Report on malaria in the Punjab during the year ...  together with an account of the work of the Punjab Malaria Bureau - Volume 6
Disease focus: Malaria
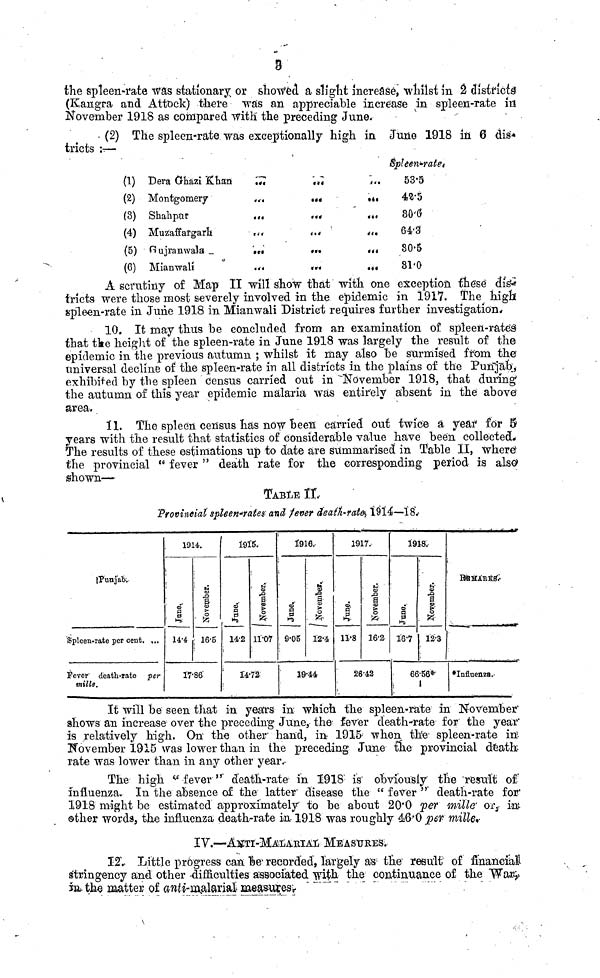
o
the spleen-rate Was stationary or showed a sligtit increase, whilst in 2 district
(Kangra and Attoek) there -was an appreciable increase in spleen-rate in
November 1918 as coinpared with the preceding June*
(2) The spleen-rate was exceptionally high in June 1918 in 6 dis*
tricts :r—
(1)
(*)
(3)
(4)
(5)
(6)
Dera Ohazi Khan
Montgomery
Shahptit
Muzaffafgarlt
Oujranwala _
Mianwali
***
tr*
. .<
««4
• •«
»*«
<> tf
• ••
»»•
it%
• it
• 4«
*«•
044
»4*
BpUen-ratet
53-5
42-5
8O'0
64'3
80-5
81-0
A scrutiny or Map 11 will show that with one exception these dist
ricts were those most severely involved in the epidemic in 1917. The high
spleen-rate in June 1918 in Mianwali District requires further investigation*
10. It may thus be concluded from an examination of spleefi-ratet
hat tlte height of the spleen-rate in June 1918 was largely the result of the
epidemic in the previous autumn ; whilst it may also be surmised from the'
universal decline of the spleen-rate in all districts in the plains of the Punjab;,
exhibited by the spleen census carried out in ^November 1918, that during 1
the autumn of this year epidemic malaria was entirely absent in the above'
area.
11. The spleen census has now Been carried out twice a year" for 5
years with the result that statistics of considerable value have been collected*
The results of these estimations up to date are summarised in Table II, where'
the provincial " fever " death rate for the corresponding period- is also*
shown—
TABLE XL
Provincial spleen^rates and fever cteaih-rat&i 1914—1$
iPunJabv
Spleen-rate per cent. ,..
j'eveY 1 ' death-rate per
mills.
1914.
June,
14-4
:
tl
03
>
o
1 Jz;
; 16-5
17-86'
1915.
June,.
14-2
November-.
11-07
14-72-
1916,
June.
9-05
: i
§
>
. &
i2«4
19-44
1917.
1 1
16-2-
26-42
i
1918.
S3
16-7
1
&
f
1
12-3
66-56*-
i
1
i
•Influenza.-
It will be seen that in yeaTS m- wltich the spleen-rate m November"
shows an increase over the preceding June, the 1 fever death-rate for the year'
is relatively high. On' the other" hand, in 1915 when the spleen-rate in 1 -
Kovember 1915 was lower than in the preceding June £he provincial dfeath
rate was lower than in any other year.-
The high v fever "' death-rate- in 1918' is' obviously tlie result of"
influenza. In the absence of the latter 1 disease the " fever "' death-rate for'
1918 might be estimated approximately to be about 20*0 per mille' or 3 - k&
©th-er words, the influenza death-rate in-1918 was roughly 4i6' O per mille*-
IV.—A]tfTi-MAi4EiAii MEASURES;
12.- Little progress can Be* recorded, largely as ; the^ result of financMi
stringency and. other -diniculties associated with the continuance of- the Waafy
m th^s matter of anti-malarial m^asutesi.